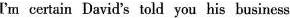
I'm certain David's told you his business